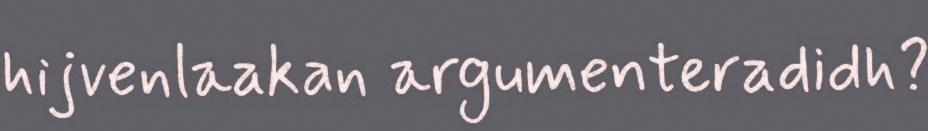
hijvenlaakan argumenteradidh?